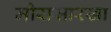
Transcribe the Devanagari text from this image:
मोरासारखा